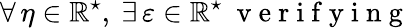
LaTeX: \forall\, \eta\in\mathbb{R}^{\star},\ \exists\, \varepsilon\in\mathbb{R}^{\star}\ \mathrm{~v~e~r~i~f~y~i~n~g~}\